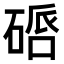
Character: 𥔠